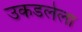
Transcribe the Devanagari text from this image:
उकडलेला